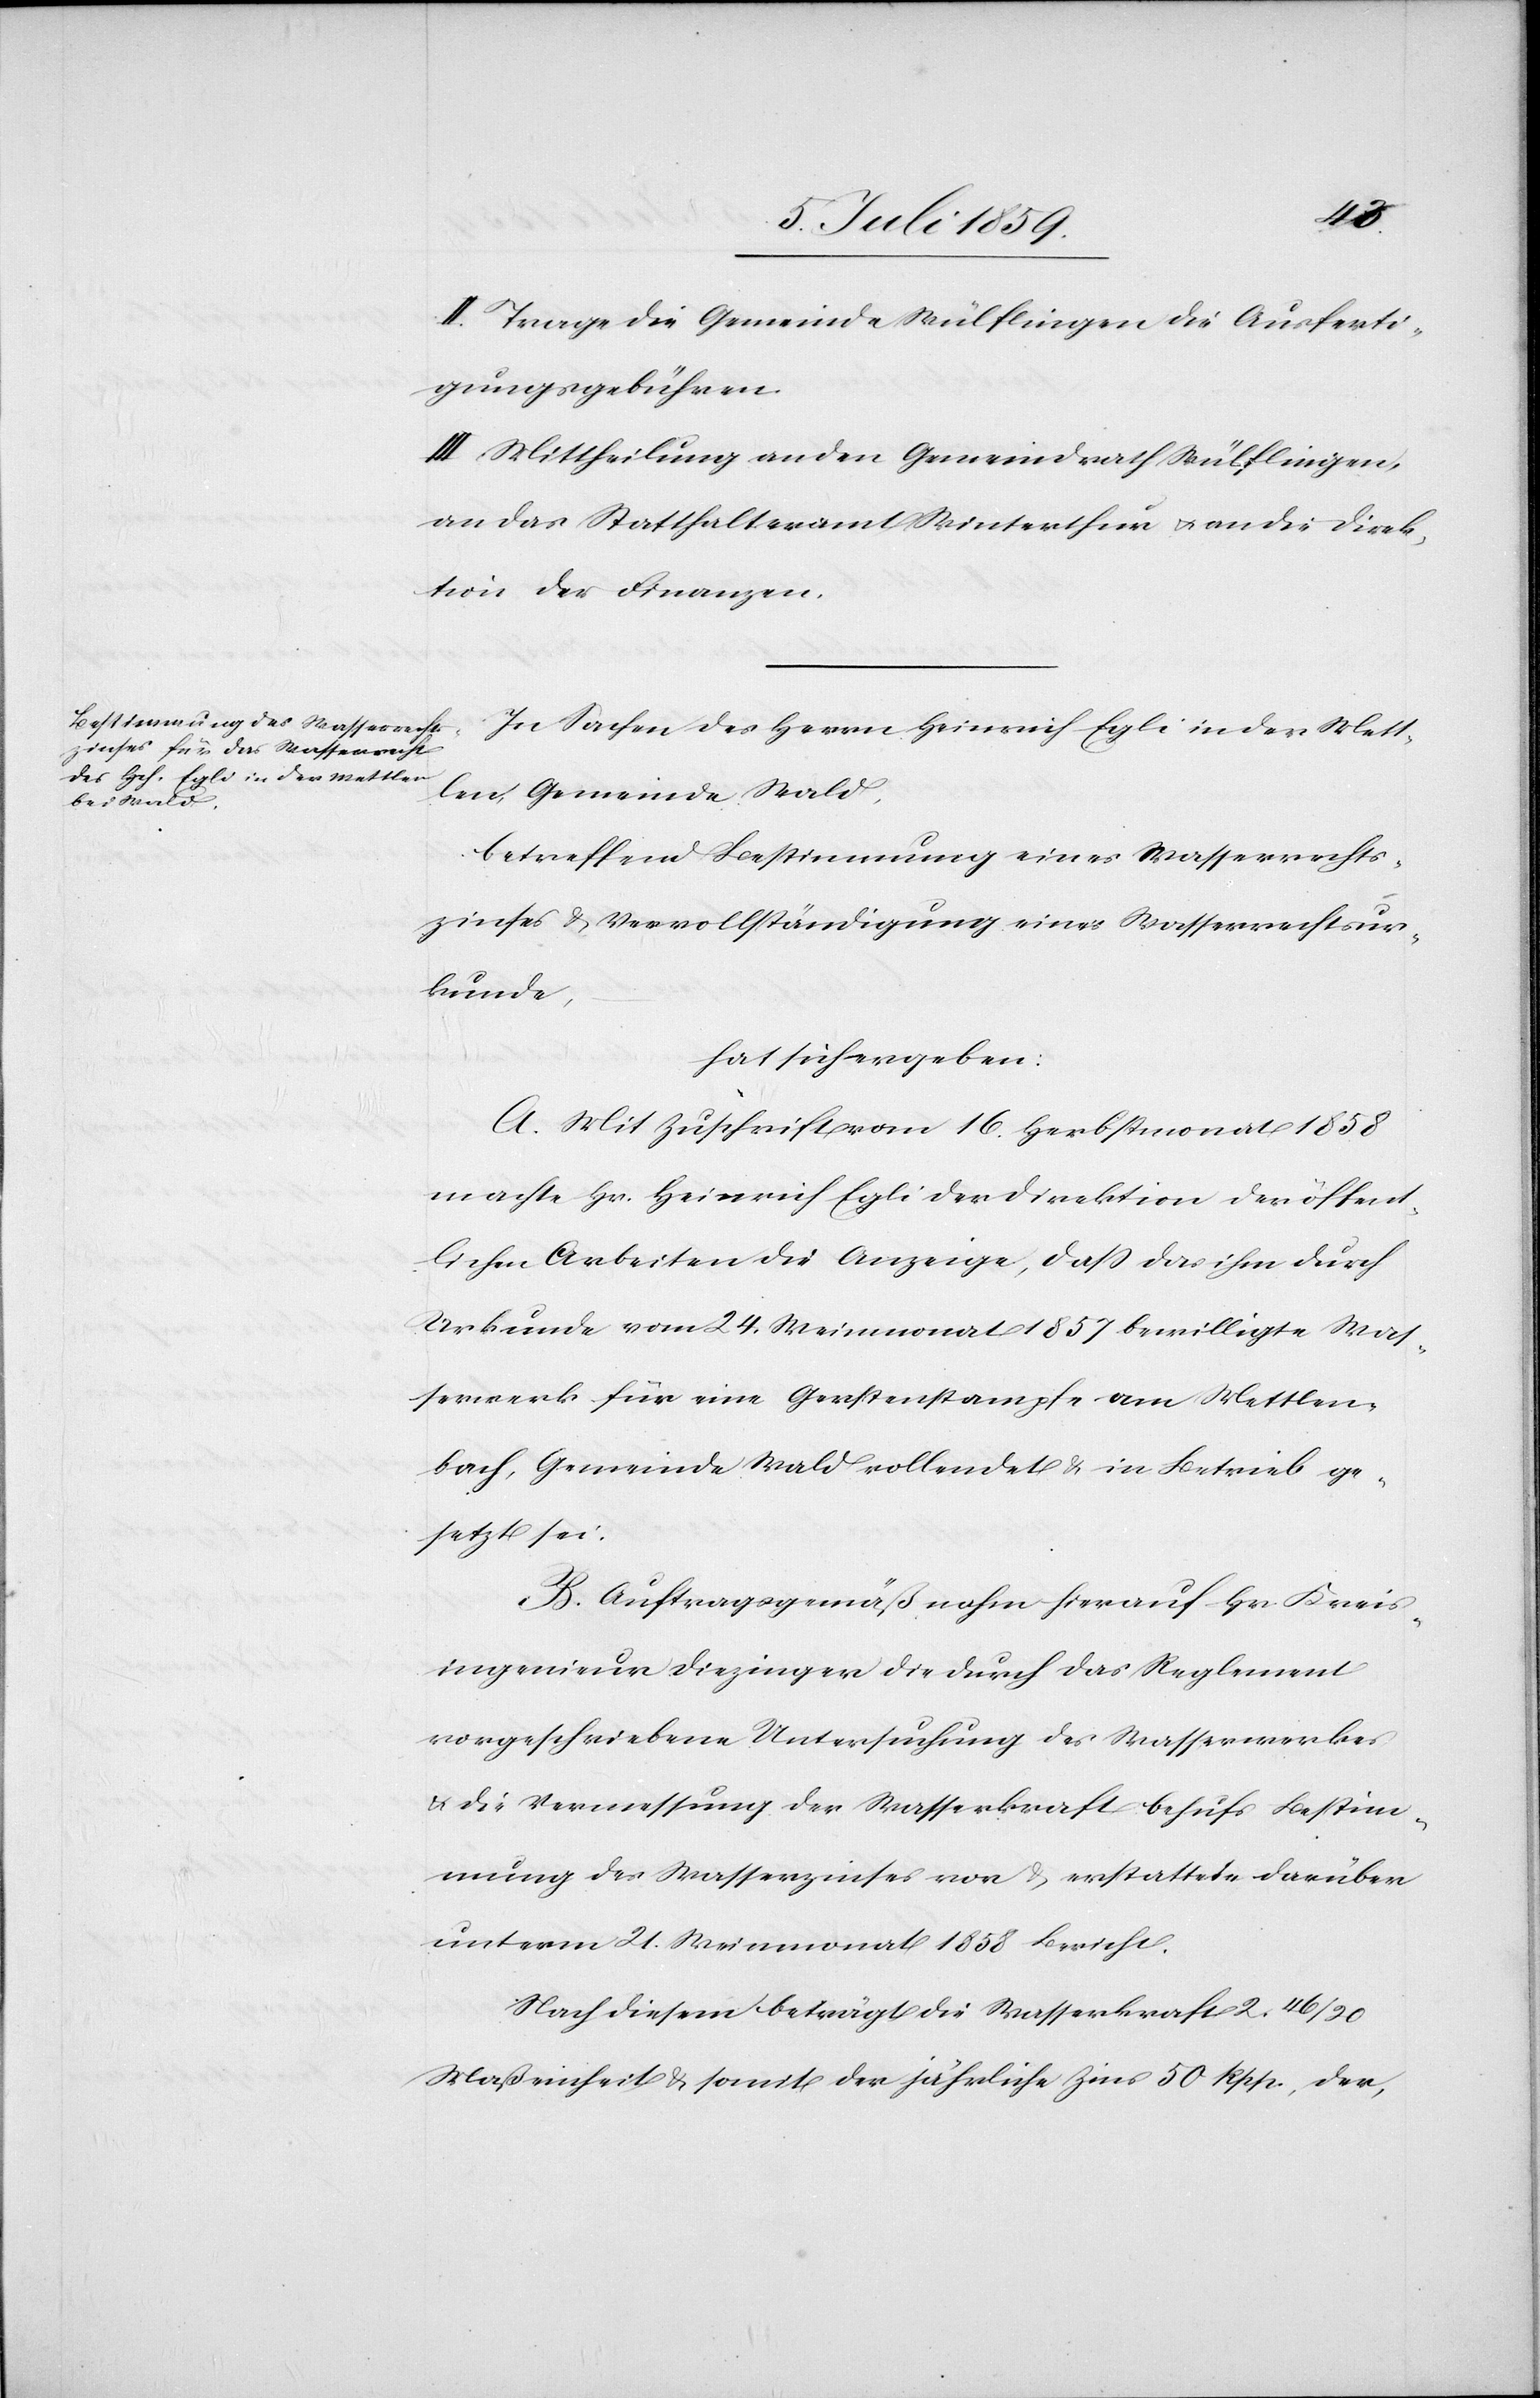
II. Trage die Gemeinde Wülflingen die Ausferti¬
gungsgebühren.
III. Mittheilung an den Gemeindrath Wülflingen,
an das Statthalteramt Winterthur u. an die Direk¬
tion der Finanzen.
In Sachen des Herrn Heinrich Egli in der Mett¬
len, Gemeinde Wald,
betreffend Bestimmung eines Wasserrechts¬
zinses u. Vervollständigung einer Wasserrechtsur¬
kunde,
hat sich ergeben:
A. Mit Zuschrift vom 16. Herbstmonat 1858
machte Hr. Heinrich Egli der Direktion der öffent¬
lichen Arbeiten die Anzeige, daß das ihm durch
Urkunde vom 24. Weinmonat 1857 bewilligte Was¬
serwerk für eine Gerstenstampfe am Mettlen¬
bach, Gemeinde Wald vollendet u. in Betrieb ge¬
setzt sei.
B. Auftragsgemäß nahm hierauf Hr. Kreis¬
ingenieur Diezinger die durch das Reglement
vorgeschriebene Untersuchung des Wasserwerkes
u. die Vermessung der Wasserkraft behufs Bestim¬
mung des Wasserzinses vor u. erstattete darüber
unterm 21. Weinmonat 1858 Bericht.
Nach diesem beträgt die Wasserkraft 2 46/90
Maßeinheit u. somit der jährliche Zins 50 Rpp., der,